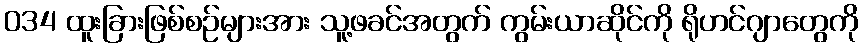
034 ထူးခြားဖြစ်စဉ်များအား သူ့ဖခင်အတွက် ကွမ်းယာဆိုင်ကို ရိုဟင်ဂျာတွေကို